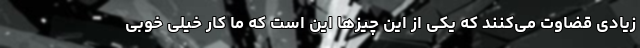
زیادی قضاوت می‌کنند که یکی از این چیزها این است که ما کار خیلی خوبی